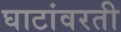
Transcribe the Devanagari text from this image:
घाटांवरती